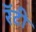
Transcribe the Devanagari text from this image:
रॅटी